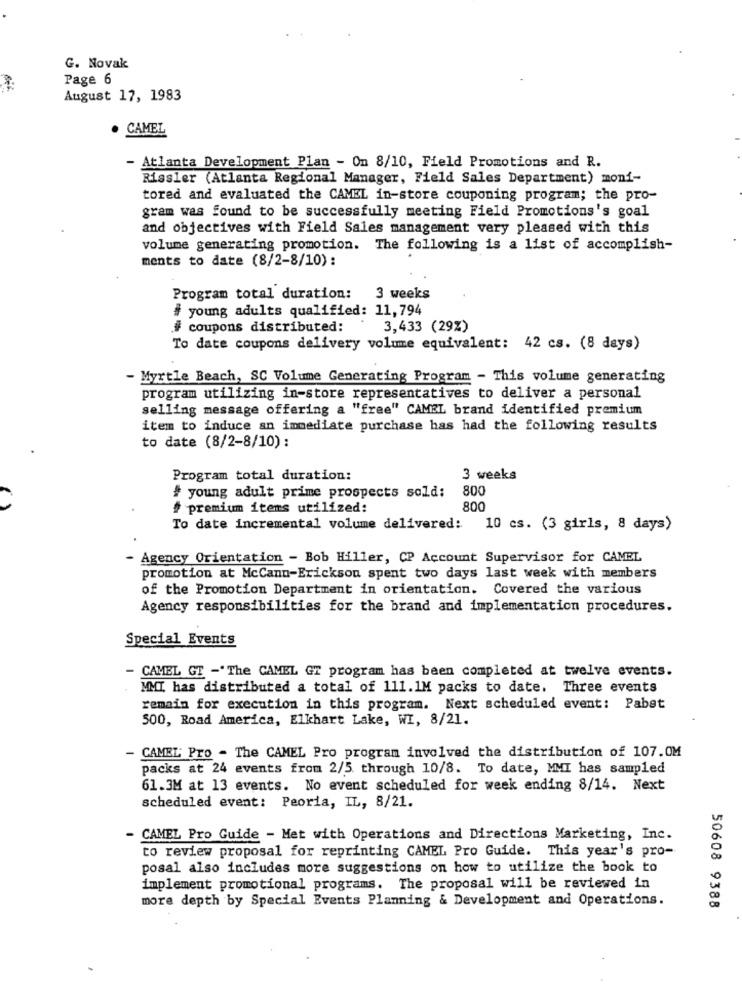
G. Novak
Page 6
August 17, 1983
. CAMEL
- Atlanta Development Plan - On 8/10, Field Promotions and R.
Rissler (Atlanta Regional Manager, Field Sales Department) moni-
tored and evaluated the CAMEL in-store couponing program; the pro-
gram was found to be successfully meeting Field Promotions's goal
and objectives with Field Sales management very pleased with this
volume generating promotion. The following is a list of accomplish-
ments to date (8/2-8/10):
Program total duration: 3 weeks
# young adults qualified: 11,794
# coupons distributed:
3,433 (29%)
To date coupons delivery volume equivalent: 42 cs. (8 days)
- Myrtle Beach, SC Volume Generating Program - This volume generating
program utilizing in-store representatives to deliver a personal
selling message offering a "free" CAMEL brand identified premium
item to induce an immediate purchase has had the following results
to date (8/2-8/10):
Program total duration:
3 weeks
800
# young adult prime prospects sold:
# premium items utilized:
800
To date incremental volume delivered: 10 cs. (3 girls, 8 days)
- Agency Orientation - Bob Hiller, CP Account Supervisor for CAMEL
promotion at McCann-Erickson spent two days last week with members
of the Promotion Department in orientation. Covered the various
Agency responsibilities for the brand and implementation procedures.
Special Events
- CAMEL GT -'The CAMEL GT program has been completed at twelve events.
MMT has distributed a total of 111.1M packs to date. Three events
remain for execution in this program. Next scheduled event: Pabst
500, Road America, Elkhart Lake, WI, 8/21.
- CAMEL Pro - The CAMEL Pro program involved the distribution of 107.0M
packs at 24 events from 2/5. through 10/8. To date, MMI has sampled
61.3M at 13 events. No event scheduled for week ending 8/14. Next
scheduled event: Peoria, IL, 8/21.
- CAMEL Pro Guide - Met with Operations and Directions Marketing, Inc.
to review proposal for reprinting CAMEL Pro Guide. This year's pro-
posal also includes more suggestions on how to utilize the book to
implement promotional programs. The proposal will be reviewed in
more depth by Special Events Planning & Development and Operations.
50608 9388